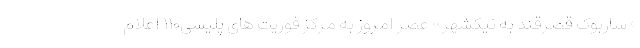
«ساربوک قصرقند به نیکشهر» عصر امروز به مرکز فوریت های پلیسی۱۱۰ اعلام